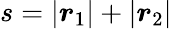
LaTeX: s=|\boldsymbol{r}_{1}|+|\boldsymbol{r}_{2}|